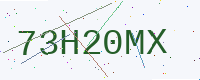
Text: 73H20MX